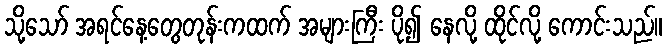
သို့သော် အရင်နေ့တွေတုန်းကထက် အများကြီး ပို၍ နေလို့ ထိုင်လို့ ကောင်းသည်။